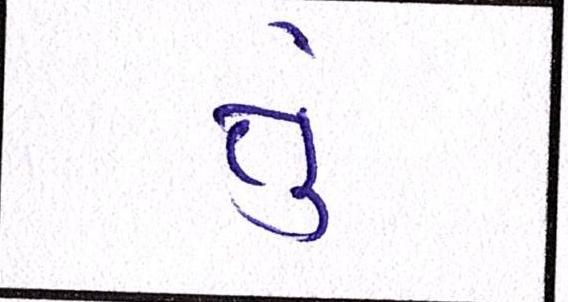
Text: તું